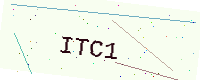
Text: ITC1